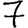
Digit: 7